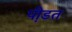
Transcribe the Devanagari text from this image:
पी़डत